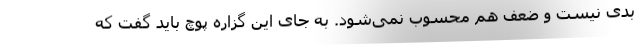
بدی نیست و ضعف هم محسوب نمی‌شود. به جای این گزاره پوچ باید گفت که